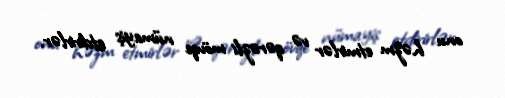
onu həzm etmirlər və qərəzli mövqe nümayiş etdirirlər.